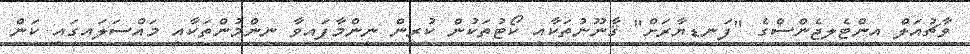
ވާޗުއަލް އިންޓެލިޖެންސްގެ "ފަނޑިޔާރަށް" ޤާނޫނުތަކާއި ކޯޓުތަކުން ކުރިން ނިންމާފައިވާ ނިންމުންތަކާއި މައްސަލައިގައި ކަން